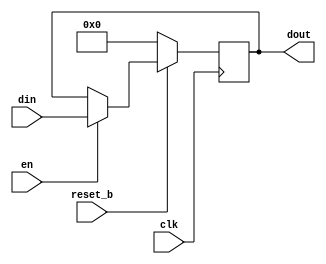
`timescale 1ns / 1ps

//
// 3rd year -Computer and Systems Engineering-
// Fayoum University
// Microprocessors (301)
// Pipelined Mips 32-bit project
// ____Group1____ 
// Supervised by: Dr.Mohammed Ibrahim
//

module Register
#(
	parameter WIDTH=32
)
(
	input[WIDTH-1:0] din,
	output reg[WIDTH-1:0] dout,
	input clk,
	input en,
	input reset_b
    );


	always @(posedge clk)
	begin
		if(reset_b==0)
			dout<=0;
		else
			if(en==1)
			begin
				dout<=din;
			end
	end

endmodule